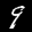
Label: 9